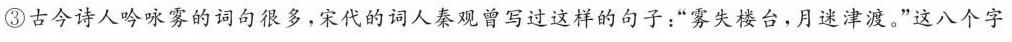
③古今诗人吟咏雾的词句很多，宋代的词人秦观曾写过这样的句子：”雾失楼台，月迷津渡。”这八个字